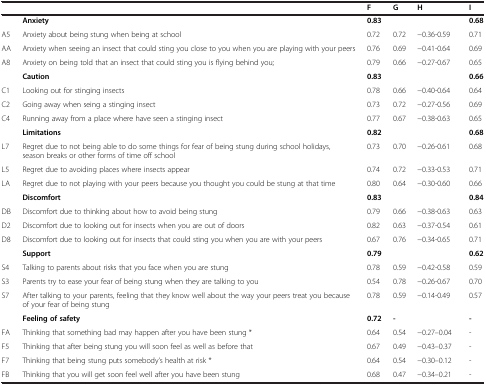
<table><thead><tr><td><b> </b></td><td><b> </b></td><td><b>F</b></td><td><b>G</b></td><td><b>H</b></td><td><b>I</b></td></tr></thead><tbody><tr><td> </td><td><b>Anxiety</b></td><td><b>0.83</b></td><td> </td><td> </td><td><b>0.68</b></td></tr><tr><td>A5</td><td>Anxiety about being stung when being at school</td><td>0.72</td><td>0.72</td><td>−0.36-0.59</td><td>0.71</td></tr><tr><td>AA</td><td>Anxiety when seeing an insect that could sting you close to you when you are playing with your peers</td><td>0.76</td><td>0.69</td><td>−0.41-0.64</td><td>0.69</td></tr><tr><td>A8</td><td>Anxiety on being told that an insect that could sting you is flying behind you;</td><td>0.79</td><td>0.66</td><td>−0.27-0.67</td><td>0.65</td></tr><tr><td> </td><td><b>Caution</b></td><td><b>0.83</b></td><td> </td><td> </td><td><b>0.66</b></td></tr><tr><td>C1</td><td>Looking out for stinging insects</td><td>0.78</td><td>0.66</td><td>−0.40-0.64</td><td>0.64</td></tr><tr><td>C2</td><td>Going away when seing a stinging insect</td><td>0.73</td><td>0.72</td><td>−0.27-0.56</td><td>0.69</td></tr><tr><td>C4</td><td>Running away from a place where have seen a stinging insect</td><td>0.77</td><td>0.67</td><td>−0.38-0.63</td><td>0.65</td></tr><tr><td> </td><td><b>Limitations</b></td><td><b>0.82</b></td><td> </td><td> </td><td><b>0.68</b></td></tr><tr><td>L7</td><td>Regret due to not being able to do some things for fear of being stung during school holidays, season breaks or other forms of time off school</td><td>0.73</td><td>0.70</td><td>−0.26-0.61</td><td>0.68</td></tr><tr><td>L5</td><td>Regret due to avoiding places where insects appear</td><td>0.74</td><td>0.72</td><td>−0.33-0.53</td><td>0.71</td></tr><tr><td>LA</td><td>Regret due to not playing with your peers because you thought you could be stung at that time</td><td>0.80</td><td>0.64</td><td>−0.30-0.60</td><td>0.66</td></tr><tr><td> </td><td><b>Discomfort</b></td><td><b>0.83</b></td><td> </td><td> </td><td><b>0.84</b></td></tr><tr><td>DB</td><td>Discomfort due to thinking about how to avoid being stung</td><td>0.79</td><td>0.66</td><td>−0.38-0.63</td><td>0.63</td></tr><tr><td>D2</td><td>Discomfort due to looking out for insects when you are out of doors</td><td>0.82</td><td>0.63</td><td>−0.37-0.54</td><td>0.61</td></tr><tr><td>D8</td><td>Discomfort due to looking out for insects that could sting you when you are with your peers</td><td>0.67</td><td>0.76</td><td>−0.34-0.65</td><td>0.71</td></tr><tr><td> </td><td><b>Support</b></td><td><b>0.79</b></td><td> </td><td> </td><td><b>0.62</b></td></tr><tr><td>S4</td><td>Talking to parents about risks that you face when you are stung</td><td>0.78</td><td>0.59</td><td>−0.42-0.58</td><td>0.59</td></tr><tr><td>S3</td><td>Parents try to ease your fear of being stung when they are talking to you</td><td>0.54</td><td>0.78</td><td>−0.26-0.67</td><td>0.70</td></tr><tr><td>S7</td><td>After talking to your parents, feeling that they know well about the way your peers treat you because of your fear of being stung</td><td>0.78</td><td>0.59</td><td>−0.14-0.49</td><td>0.57</td></tr><tr><td> </td><td><b>Feeling of safety</b></td><td><b>0.72</b></td><td><b>-</b></td><td> </td><td><b>-</b></td></tr><tr><td>FA</td><td>Thinking that something bad may happen after you have been stung *</td><td>0.64</td><td>0.54</td><td>−0.27--0.04</td><td>-</td></tr><tr><td>F5</td><td>Thinking that after being stung you will soon feel as well as before that</td><td>0.67</td><td>0.49</td><td>−0.43--0.37</td><td>-</td></tr><tr><td>F7</td><td>Thinking that being stung puts somebody’s health at risk *</td><td>0.64</td><td>0.54</td><td>−0.30--0.12</td><td>-</td></tr><tr><td>FB</td><td>Thinking that you will get soon feel well after you have been stung</td><td>0.68</td><td>0.47</td><td>−0.34--0.21</td><td>-</td></tr></tbody></table>